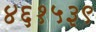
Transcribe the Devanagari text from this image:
४६१५३९